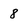
Character: 8